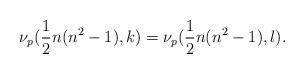
LaTeX: \begin{align*}\nu_p(\frac{1}{2}n(n^2-1),k)=\nu_p(\frac{1}{2}n(n^2-1),l).\end{align*}